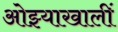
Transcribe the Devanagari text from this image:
ओझ्याखालीं